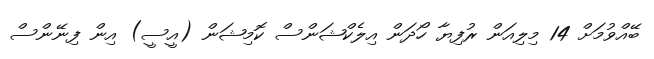
ބޭއްވުމަށް 14 މިލިއަން ރުފިޔާ ހޯދަން އިލެކްޝަންސް ކޮމިޝަން (އީސީ) އިން ފިނޭންސް